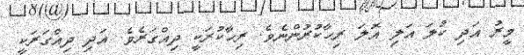
މީރު އަދި ކުލަ އަލި އޮލަ ރިހާކުރުންނެވެ. ރިހާކުރަކީ ދިއްގަރެވެ. އަދި ދިއްގަރަކީ